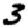
Digit: 3